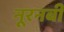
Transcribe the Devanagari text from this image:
नूरनबी